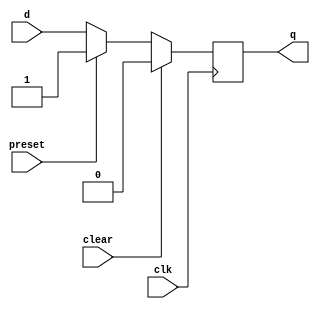
module edge_triggered_latch (
    input wire clk,
    input wire clear,
    input wire preset,
    input wire d,
    output reg q
);

always @ (posedge clk) begin
    if (clear) begin
        q <= 1'b0;
    end else if (preset) begin
        q <= 1'b1;
    end else begin
        q <= d;
    end
end

endmodule